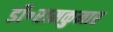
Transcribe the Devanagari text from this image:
डॉ॰रामकुमार